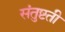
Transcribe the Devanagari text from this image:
संतुष्टती